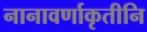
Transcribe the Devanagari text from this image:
नानावर्णाकृतीनि